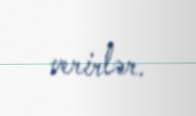
verirlər.